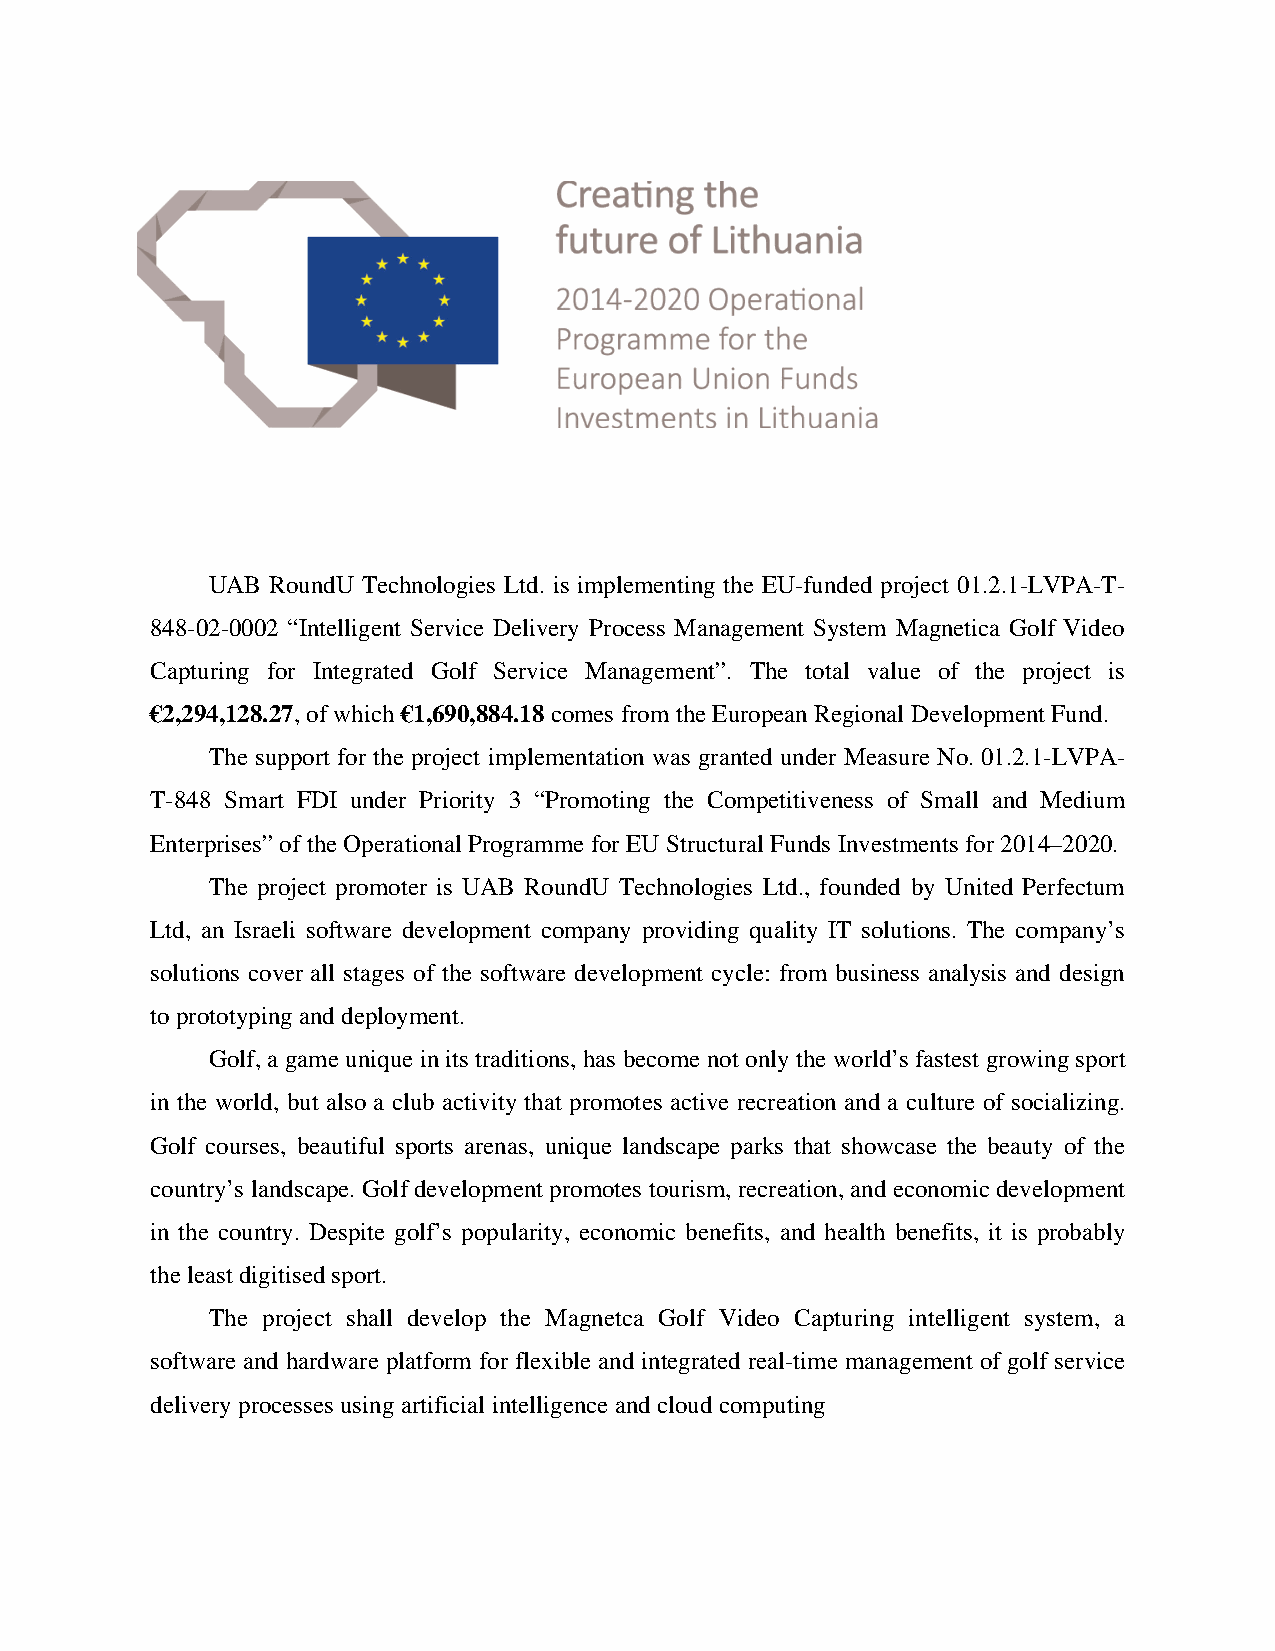
UAB RoundU Technologies Ltd. is implementing the EU-funded project 01.2.1-LVPA-T-
 848-02-0002 “Intelligent Service Delivery Process Management System Magnetica Golf Video
 Capturing for Integrated Golf Service Management”. The total value of the project is
 €2,294,128.27, of which €1,690,884.18 comes from the European Regional Development Fund.
 The support for the project implementation was granted under Measure No. 01.2.1-LVPA-
 T-848 Smart FDI under Priority 3 “Promoting the Competitiveness of Small and Medium
 Enterprises” of the Operational Programme for EU Structural Funds Investments for 2014–2020.
 The project promoter is UAB RoundU Technologies Ltd., founded by United Perfectum
 Ltd, an Israeli software development company providing quality IT solutions. The company’s
 solutions cover all stages of the software development cycle: from business analysis and design
 to prototyping and deployment.
 Golf, a game unique in its traditions, has become not only the world’s fastest growing sport
 in the world, but also a club activity that promotes active recreation and a culture of socializing.
 Golf courses, beautiful sports arenas, unique landscape parks that showcase the beauty of the
 country’s landscape. Golf development promotes tourism, recreation, and economic development
 in the country. Despite golf’s popularity, economic benefits, and health benefits, it is probably
 the least digitised sport.
 The project shall develop the Magnetca Golf Video Capturing intelligent system, a
 software and hardware platform for flexible and integrated real-time management of golf service
 delivery processes using artificial intelligence and cloud computing